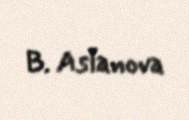
B. Aslanova